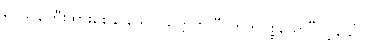
ရှင်သန်ကြီးထွားစေနိုင်သော သတ္တိကို “ဟေတုပစ္စယော”လို့ ခေါ်။